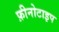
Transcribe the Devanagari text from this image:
फ़ीनोटाइप